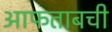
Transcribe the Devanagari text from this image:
आफताबची